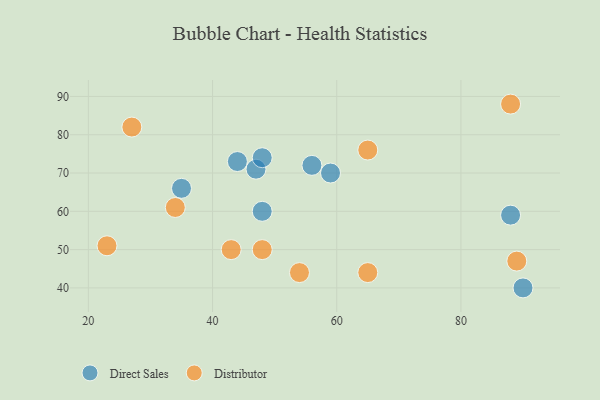
{"axis": {"x": "GDP", "y": "Life Expectancy"}, "legend": ["Direct Sales", "Distributor"], "data": [{"x": "47", "y": 71, "type": "Direct Sales"}, {"x": "56", "y": 72, "type": "Direct Sales"}, {"x": "88", "y": 59, "type": "Direct Sales"}, {"x": "90", "y": 40, "type": "Direct Sales"}, {"x": "44", "y": 73, "type": "Direct Sales"}, {"x": "35", "y": 66, "type": "Direct Sales"}, {"x": "48", "y": 60, "type": "Direct Sales"}, {"x": "59", "y": 70, "type": "Direct Sales"}, {"x": "48", "y": 74, "type": "Direct Sales"}, {"x": "34", "y": 61, "type": "Distributor"}, {"x": "48", "y": 50, "type": "Distributor"}, {"x": "27", "y": 82, "type": "Distributor"}, {"x": "43", "y": 50, "type": "Distributor"}, {"x": "23", "y": 51, "type": "Distributor"}, {"x": "65", "y": 44, "type": "Distributor"}, {"x": "54", "y": 44, "type": "Distributor"}, {"x": "89", "y": 47, "type": "Distributor"}, {"x": "88", "y": 88, "type": "Distributor"}, {"x": "65", "y": 76, "type": "Distributor"}]}